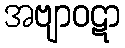
အဗျာဝဋာ